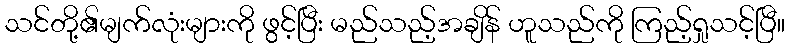
သင်တို့၏မျက်လုံးများကို ဖွင့်ပြီး မည်သည့်အချိန် ဟူသည်ကို ကြည့်ရှုသင့်ပြီ။